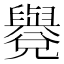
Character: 𦦳